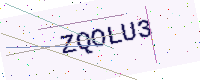
Text: ZQOLU3